Annual report on the working of the lock hospitals in the Central Provinces
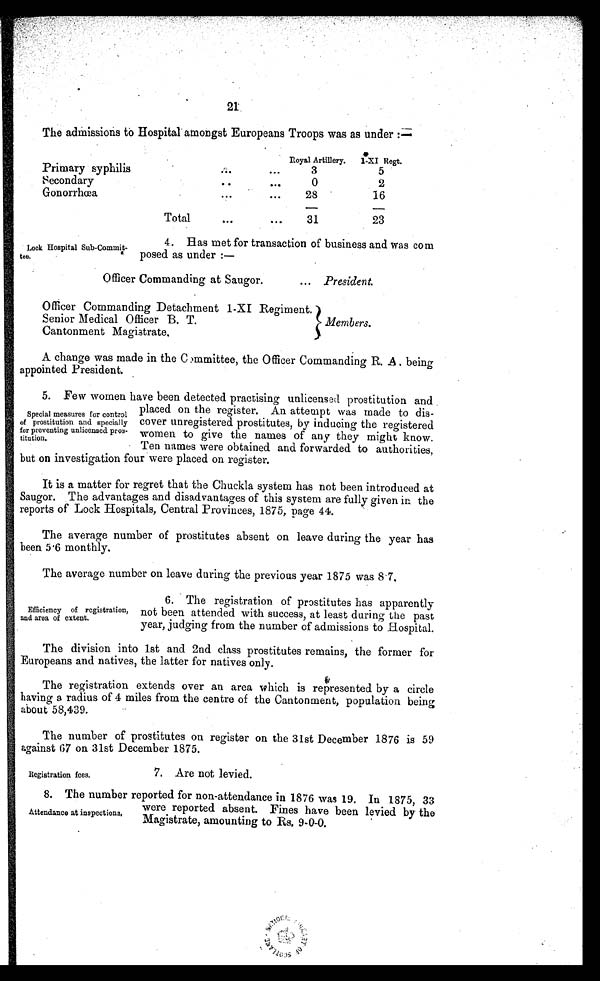
Registration fees.
7. Are not levied.
21
The admissions to Hospital amongst Europeans Troops was as under:—
Royal Artillery. 1-XI Regt.
Primary syphilis
. . .
. . .
3
5
secondary
. . .
. . .
0
2
Gonorrhœa
. . .
. . .
28
16
Total
...
. . .
31
23
Lock Hospital Sub-Commit-
tee.
4. Has met for transaction of business and was com
posed as under :—
Officer Commanding at Saugor.
... President.
Officer Commanding Detachment 1-XI Regiment.
Senior Medical Officer B. T.
Cantonment Magistrate.
Members.
A change was made in the Committee, the Officer Commanding R. A being
appointed President.
5. Few women have been detected practising unlicensed prostitution and
placed on the register. An attempt was made to dis-
cover unregistered prostitutes, by inducing the registered
women to give the names of any they might know.
Ten names were obtained and forwarded to authorities,
but on investigation four were placed on register.
It is a matter for regret that the Chuckla system has not been introduced at
Saugor. The advantages and disadvantages of this system are fully given in the
reports of Lock Hospitals, Central Provinces, 1875, page 44.
The average number of prostitutes absent on leave during the year has
been 5.6 monthly.
The average number on leave during the previous year 1875 was 8 7.
Special measures for control
of prostitution and specially
for preventing unlicensed pros-
titution.
Efficiency of registration,
and area of extent.
6. The registration of prostitutes has apparently
not been attended with success, at least during the past
year, judging from the number of admissions to Hospital.
The division into 1st and 2nd class prostitutes remains, the former for
Europeans and natives, the latter for natives only.
The registration extends over an area which is represented by a circle
having a radius of 4 miles from the centre of the Cantonment, population being
about 58,439.
The number of prostitutes on register on the 31st December 1876 is 59
against 67 on 31st December 1875.
Attendance at inspections.
8. The number reported for non-attendance in 1876 was 19. In 1875, 33
were reported absent. Fines have been levied by the
Magistrate, amounting to Rs. 9-0-0.